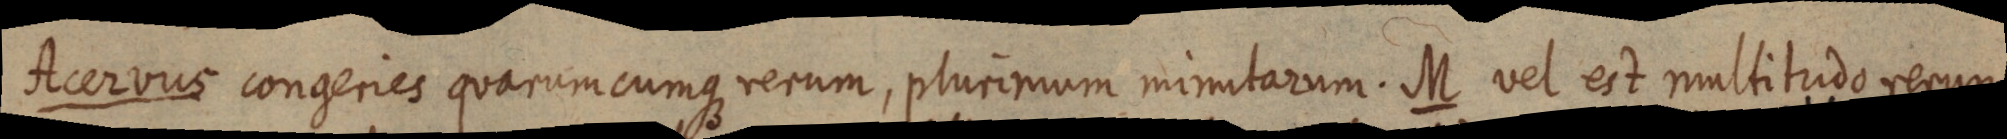
Acervus congeries quarumcumque rerum, plurimum minutarum. M vel est multitudo renum